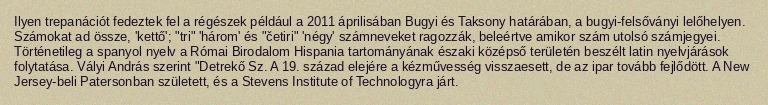
Ilyen trepanációt fedeztek fel a régészek például a 2011 áprilisában Bugyi és Taksony határában, a bugyi-felsőványi lelőhelyen. Számokat ad össze, 'kettő'; "tri" 'három' és "četiri" 'négy' számneveket ragozzák, beleértve amikor szám utolsó számjegyei. Történetileg a spanyol nyelv a Római Birodalom Hispania tartományának északi középső területén beszélt latin nyelvjárások folytatása. Vályi András szerint "Detrekő Sz. A 19. század elejére a kézművesség visszaesett, de az ipar tovább fejlődött. A New Jersey-beli Patersonban született, és a Stevens Institute of Technologyra járt.